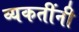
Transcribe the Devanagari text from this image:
व्यकतींनी